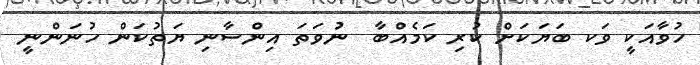
ހުވާއަކީ ވަކ ބަޔަކަށް ކުރި ކަމެއްބާ  ނުވަތަ އިންސާނި ޔަތުކަން ހުނަންނީ